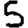
Digit: 5